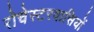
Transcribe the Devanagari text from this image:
रोचेस्टरवासियों